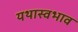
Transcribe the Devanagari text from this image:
यथास्वभाव